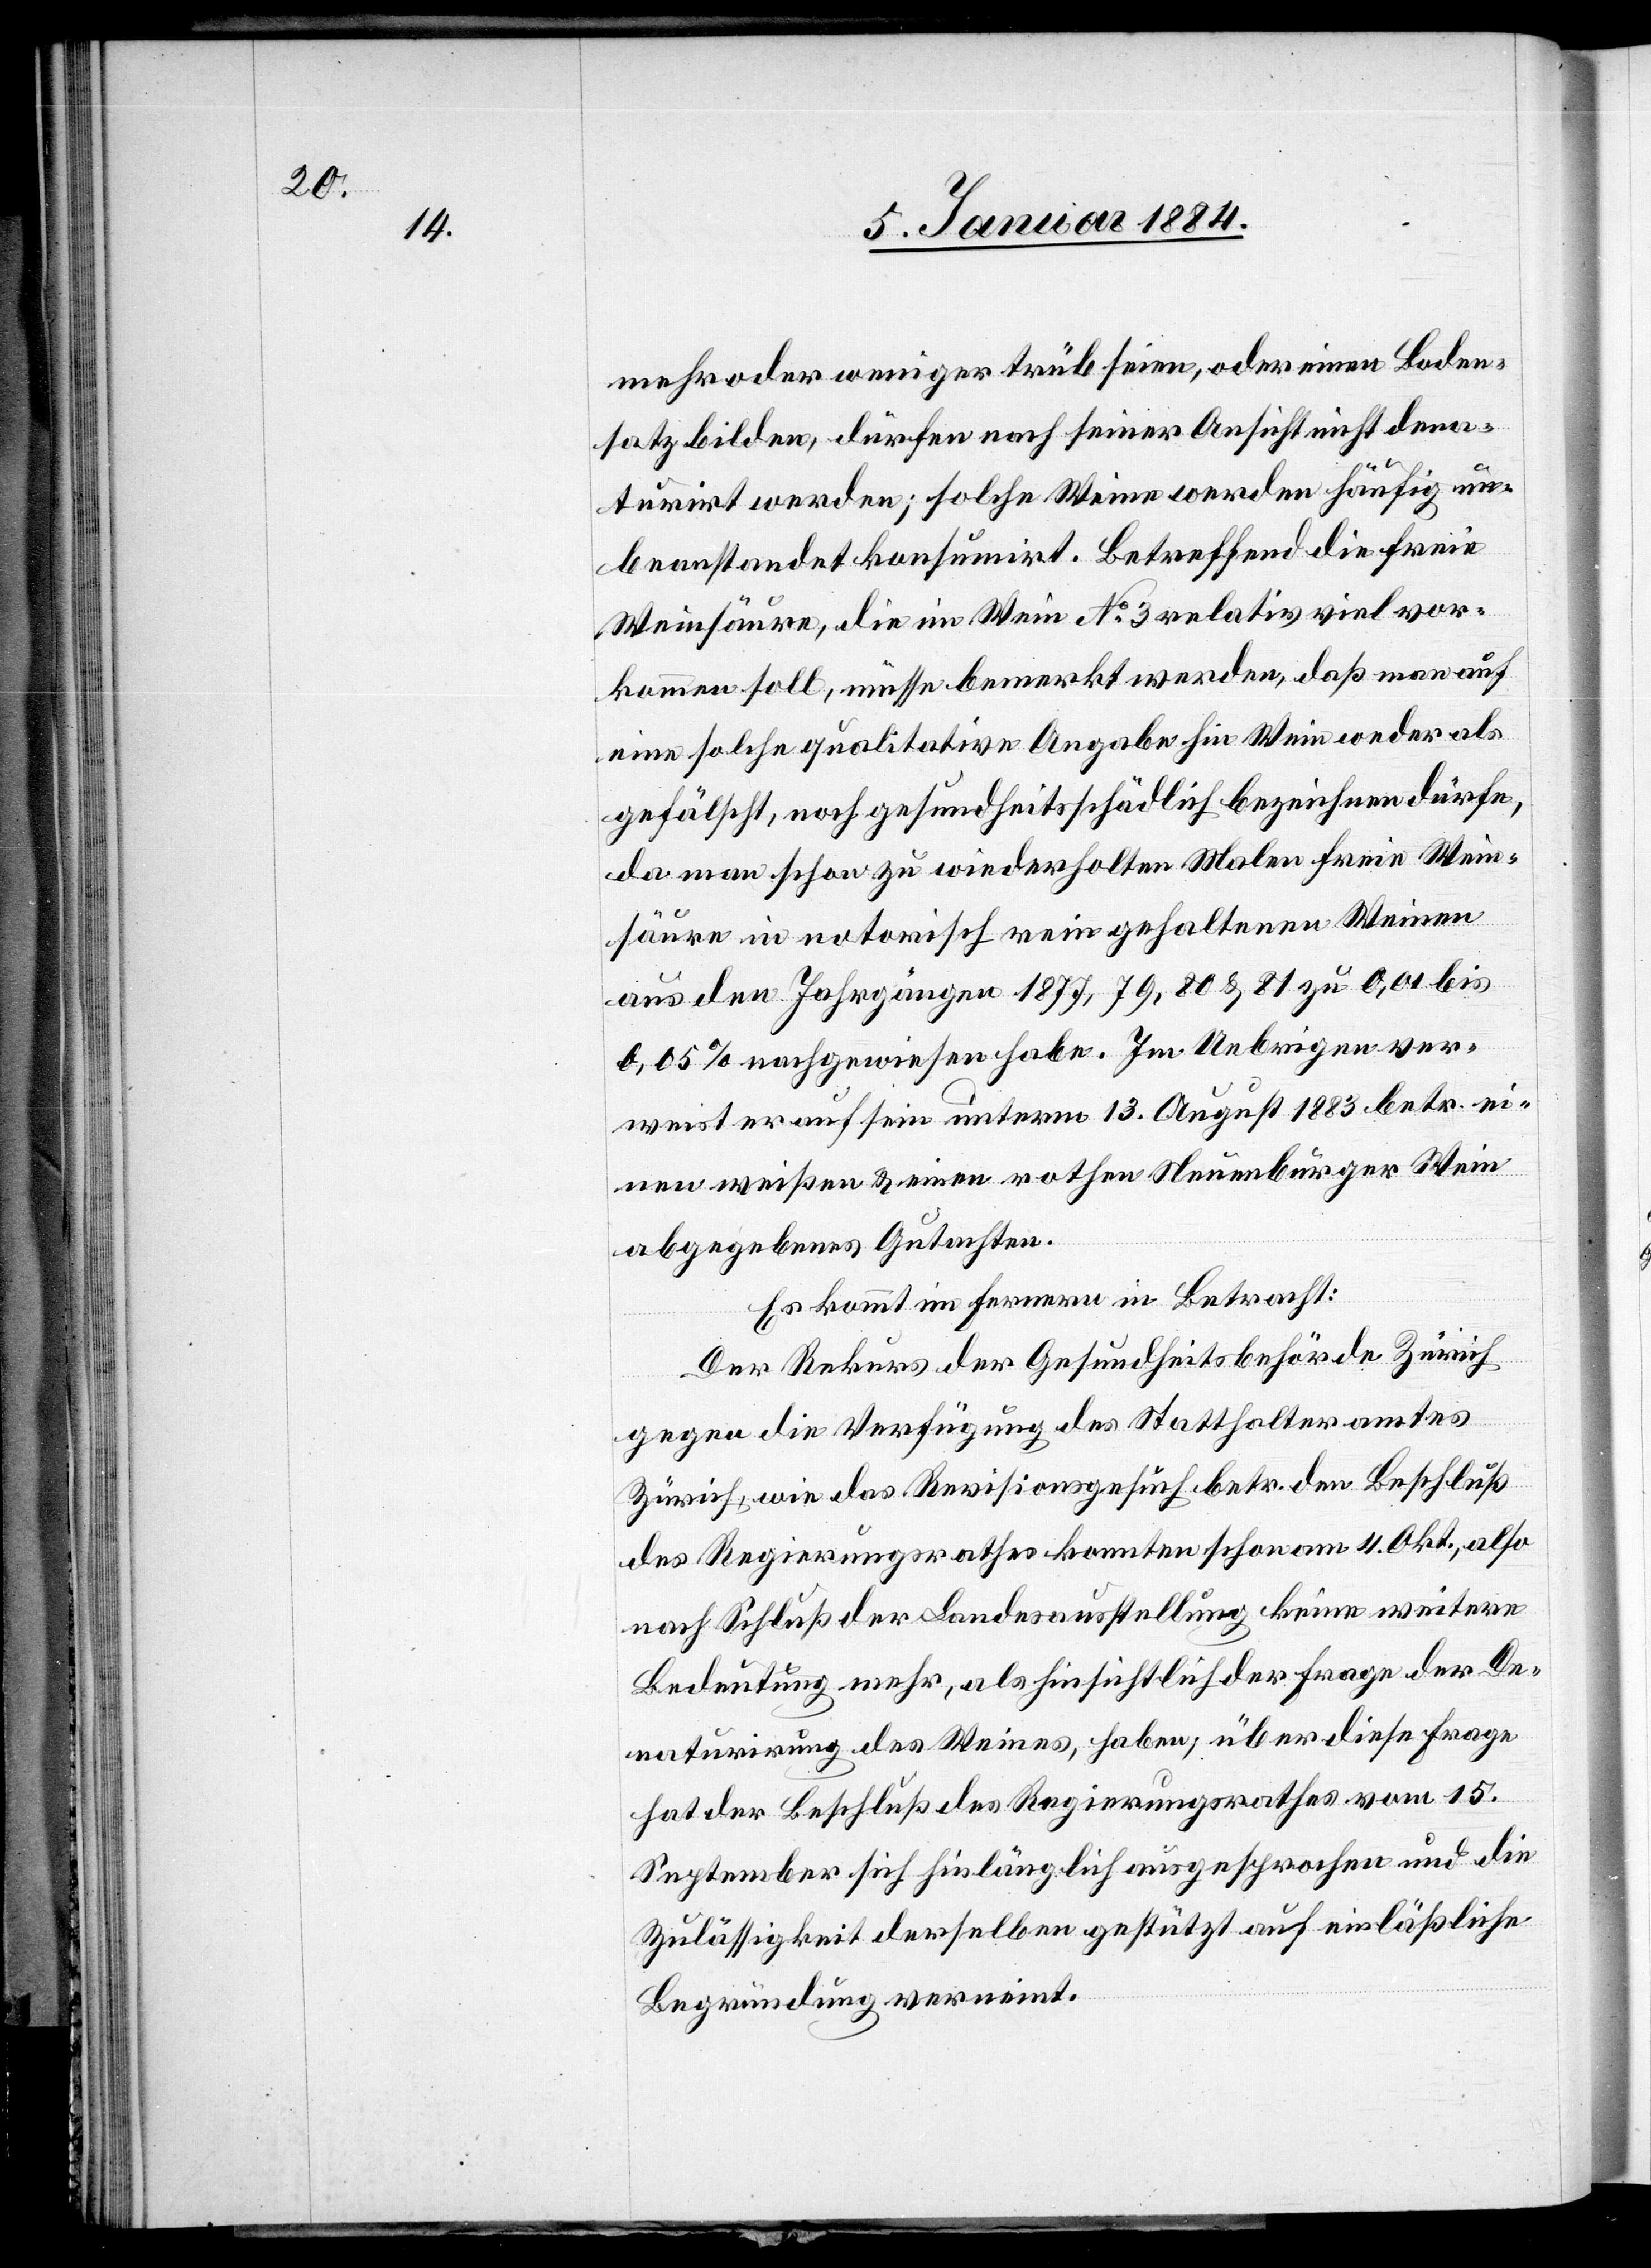
mehr oder weniger trüb seien, oder einen Boden¬
satz bilden, dürfen noch seiner Ansicht nicht dena¬
turirt werden; solche Weine werden häufig un¬
beanstandet konsumirt. Betreffend die freie
Weinsäure, die im Wein No. 3 relativ viel vor¬
kommen soll, müsse bemerkt werden, daß man auf
eine solche qualitative Angabe hin Wein weder als
gefälscht, noch gesundheitsschädlich bezeichnen dürfen,
da man schon zu wiederholtem Malen freie Wein¬
säure in notorisch rein gehaltenen Weinen
aus den Jahrgängen 1877, 79, 80 & 81 zu 0,01 bis
0,05% nachgewiesen habe. Im Uebrigen ver¬
weist er auf sein unterm 13. August 1883 betr. ei¬
nen weißen & einen rothen Neuenburger Wein
abgegebenes Gutachten.
Es kommt im Fernern in Betracht:
Der Rekurs der Gesundheitsbehörde Zürich
gegen die Verfügung des Statthalteramtes
Zürich, wie das Revisionsgesuch betr. den Beschluß
des Regierungsrathes konnten schon am 4. Okt., also
nach Schluß der Landesausstellung keine weitere
Bedeutung mehr, als hinsichtlich der Frage der De¬
naturirung des Weines haben; über diese Frage
hat der Beschluß des Regierungsrathes vom 15.
September sich hinlänglich ausgesprochen und die
Zulässigkeit derselben gestützt auf einläßliche
Begründung verneint.